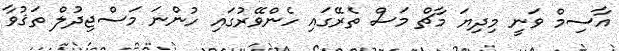
އާސިމް ވަނީ މިދިޔަ މާޗް މަސް ތެރޭގައި ހެންވޭރުގައި ހުންނަ މަސްޖިދުލް ތަޤުވާ